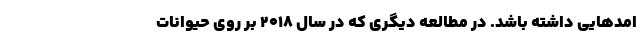
امدهایی داشته باشد. در مطالعه دیگری که در سال ۲۰۱۸ بر روی حیوانات